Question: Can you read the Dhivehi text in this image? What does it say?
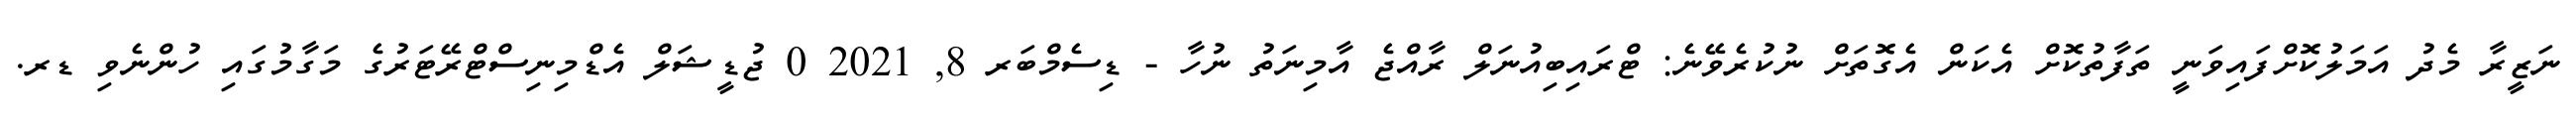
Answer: ނަޒީރާ މެދު އަމަލުކޮށްފައިވަނީ ތަފާތުކޮށް އެކަން އެގޮތަށް ނުކުރެވޭނެ: ޓްރައިބިއުނަލް ރާއްޖެ އާމިނަތު ނުހާ - ޑިސެމްބަރ 8, 2021 0 ޖުޑީޝަލް އެޑްމިނިސްޓްރޭޓަރުގެ މަގާމުގައި ހުންނެވި ޑރ.